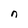
Character: n